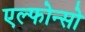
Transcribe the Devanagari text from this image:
एल्फोन्सो